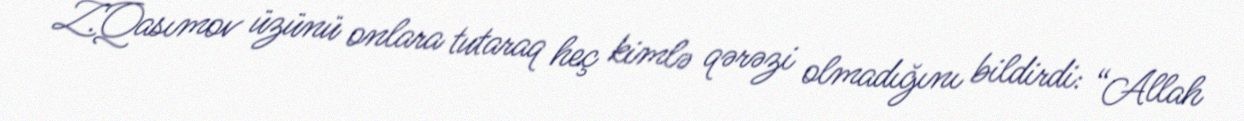
Z.Qasımov üzünü onlara tutaraq heç kimlə qərəzi olmadığını bildirdi: “Allah